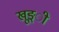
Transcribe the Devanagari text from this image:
खूङ्ी